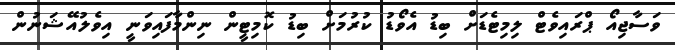
ވަސާޖިއޯ ޕްރައިވެޓް ލިމިޓެޑަށް ބިޑު އެވޯޑު ކުރުމަށް ބިޑު ކޮމިޓީން ނިންމާފައިވަނީ އިވެލުއޭޝަނުން